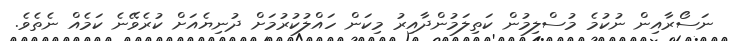
ނަސޯރާއިން ނުކުމެ މުސްލިމުން ކަތިލަމުންދާއިރު މިކަން ހައްލުކުރުމަށް ދުނިޔެއަށް ކުރެވޭނެ ކަމެއް ނެތެވެ.